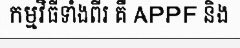
កម្មវិធីទាំងពីរ គឺ APPF និង